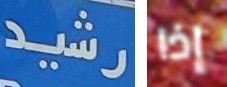
رشيد إذا